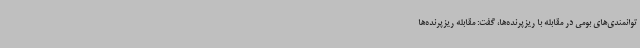
توانمندی‌های بومی در مقابله با ریزپرنده‌ها، گفت: مقابله ریزپرنده‌ها